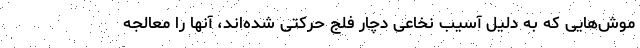
موش‌هایی که به دلیل آسیب نخاعی دچار فلج حرکتی شده‌اند، آنها را معالجه